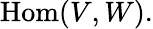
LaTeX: {\mathrm{Hom}}(V,W).